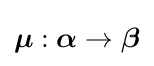
{\boldsymbol {\mathbf {\mu } }}:{\boldsymbol {\mathbf {\alpha } }}\rightarrow {\boldsymbol {\mathbf {\beta } }}